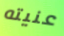
عنيته